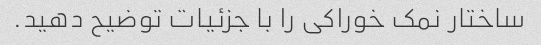
ساختار نمک خوراکی را با جزئیات توضیح دهید.